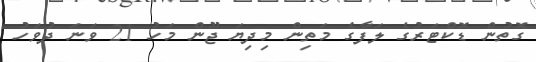
ގޮތުން ޑޮކްޓަރުގެ ލަފާގެ މަތިން މިދިޔަ ޖޫން މަހު 21 ވަނަ ދުވަހު